Vaccination Hyderabad 1872-1889 - 1872-1889
Year: 1872
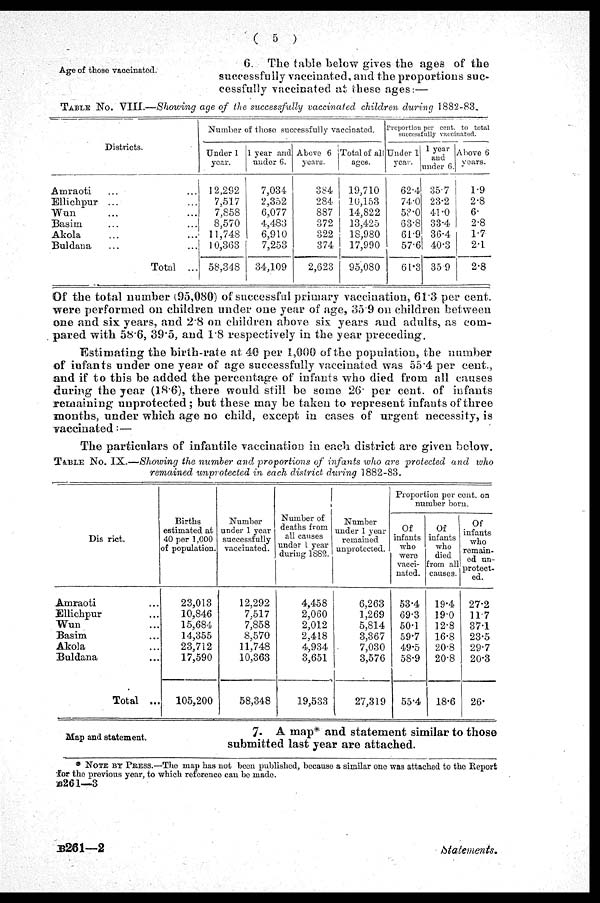
( 5 )
Age of those vaccinated.
6. The table below gives the ages of the
successfully vaccinated, and the proportions suc-
cessfully vaccinated at these ages:—
TABLE No. VIII.—Showing age of the successfully vaccinated children during 1882-83.
Districts.
Amraoti ... ...
Ellichpur ... ...
Wan ... ...
Basim ... ...
Akola ... ...
Buldana ... ...
Total ...
Number of those successfully vaccinated.
Under 1
year.
12,292
7,517
7,858
8,570
11,748
10,363
58,348
1 year and
under 6.
7,034
2,352
6,077
4,483
6,910
7,253
34,109
Above 6
years.
384
284
887
372
322
374
2,623
Total of all
ages.
19,710
10,153
14,822
13,425
18,980
17,990
95,080
Proportion per cent. to total
successfully vaccinated.
Under 1
year.
62.4
74.0
53.0
63.8
61.9
57.6
61.3
1 year
and
under 6.
35.7
23.2
41.0
33.4
36.4
40.3
35.9
Above 6
years.
1.9
2.8
6.
2.8
1.7
2.1
2.8
Of the total number (95,080) of successful primary vaccination, 61.3 per cent.
were performed on children under one year of age, 35.9 on children between
one and six years, and 2.8 on children above six years and adults, as com-
pared with 58.6, 39.5, and 1.8 respectively in the year preceding.
Estimating the birth-rate at 40 per 1,000 of the population, the number
of infants under one year of age successfully vaccinated was 55.4 per cent.,
and if to this be added the percentage of infants who died from all causes
during the year (18.6), there would still be some 26. per cent. of infants
remaining unprotected; but these may be taken to represent infants of three
months, under which age no child, except in cases of urgent necessity, is
vaccinated:—
The particulars of infantile vaccination in each district are given below.
TABLE No. IX.—Showing the number and proportions of infants who are protected and who
remained unprotected in each district during 1882-83.
District.
Amraoti ...
Ellichpur ...
Wun ...
Basim ...
Akola ...
Buldana ...
Total ...
Births
estimated at
40 per 1,000
of population.
23,013
10,846
15,684
14,355
23,712
17,590
105,200
Number
under 1 year
successfully
vaccinated.
12,292
7,517
7,858
8,570
11,748
10,363
58,348
Number of
deaths from
all causes
under 1 year
during 1882.
4,458
2,060
2,012
2,418
4,934
3,651
19,533
Number
under 1 year
remained
unprotected.
6,263
1,269
5,814
3,367
7,030
3,576
27,319
Proportion per cent. on
number born.
Of
infants
who
were
vacci-
nated.
53.4
69.3
50.1
59.7
49.5
58.9
55.4
Of
infants
who
died
from all
causes.
19.4
19.0
12.8
16.8
20.8
20.8
18.6
Of
infants
who
remain-
ed un-
protect-
ed.
27.2
11.7
37.1
23.5
29.7
20.3
26.
Map and statement.
7. A map* and statement similar to those
submitted last year are attached.
* NOTE BY PRESS.—The map has not been published, because a similar one was attached to the Report
for the previous year, to which reference can be made.
B261—3
B261—2
Statements.